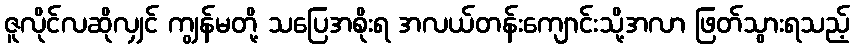
ဇူလိုင်လဆိုလျှင် ကျွန်မတို့ သပြေအစိုးရ အလယ်တန်းကျောင်းသို့အလာ ဖြတ်သွားရသည့်